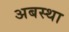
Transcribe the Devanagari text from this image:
अबस्था